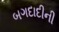
બગદાદીની